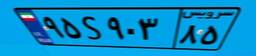
۹۵S۹۰۳۸۵